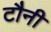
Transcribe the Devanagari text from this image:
टौनी